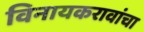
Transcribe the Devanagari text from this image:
विनायकरावांचा